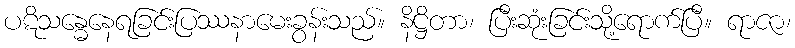
ပဋိသန္ဓေနေရခြင်းပြဿနာမေးခွန်းသည်။ နိဋ္ဌိတာ၊ ပြီးဆုံးခြင်းသို့ရောက်ပြီ။ ရာဇာ၊